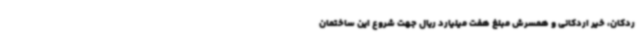
ردکان، خیر اردکانی و همسرش مبلغ هفت میلیارد ریال جهت شروع این ساختمان